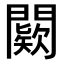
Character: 𨶦